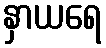
နှာယရေ